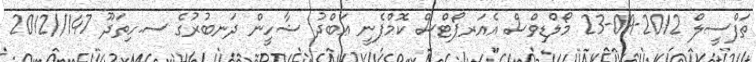
ތަފްސީލް 2012-09-23 މޯލްޑިވްސް އެއަރޕޯޓްސް ކޮމްޕެނީ ޢަބްދު ޝާހީން ދަނބުރުގެ ސ.ހިތަދޫ 147//2012